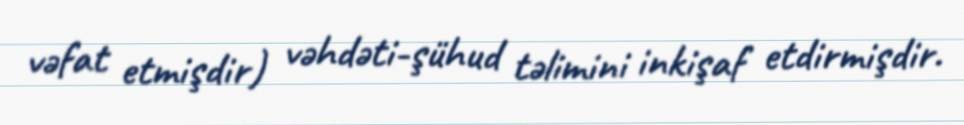
vəfat etmişdir) vəhdəti-şühud təlimini inkişaf etdirmişdir.